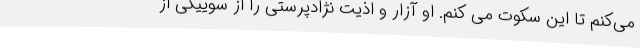
می‌کنم تا این سکوت می کنم. او آزار و اذیت نژادپرستی را از سوییکی از